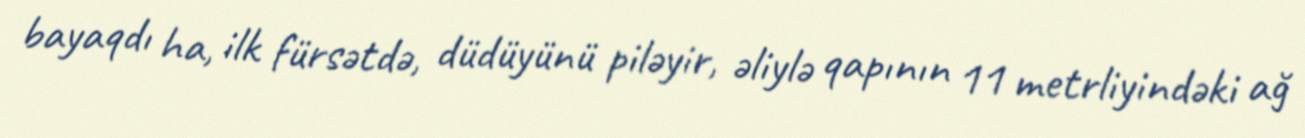
bayaqdı ha, ilk fürsətdə, düdüyünü piləyir, əliylə qapının 11 metrliyindəki ağ